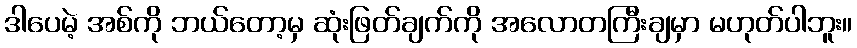
ဒါပေမဲ့ အစ်ကို ဘယ်တော့မှ ဆုံးဖြတ်ချက်ကို အလောတကြီးချမှာ မဟုတ်ပါဘူး။